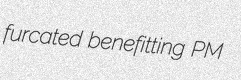
furcated benefitting PM